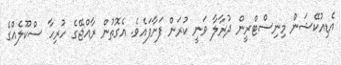
އެޑިއުކޭޝަން މިނިސްޓްރީން ދުރާލާ ވަނީ ކުރަން ފަށާފައެވެ. އެގޮތުން ރާއްޖޭގެ ހުރިހާ ސްކޫލެއްގެ